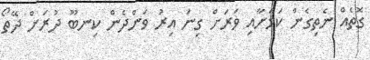
ގޮތެއް ނެތިގެން ކަމަށާއި ވަރަށް ގިނަ އިރު ވަންދެން ކިނބޫ ދުރަށް ދޭތޯ